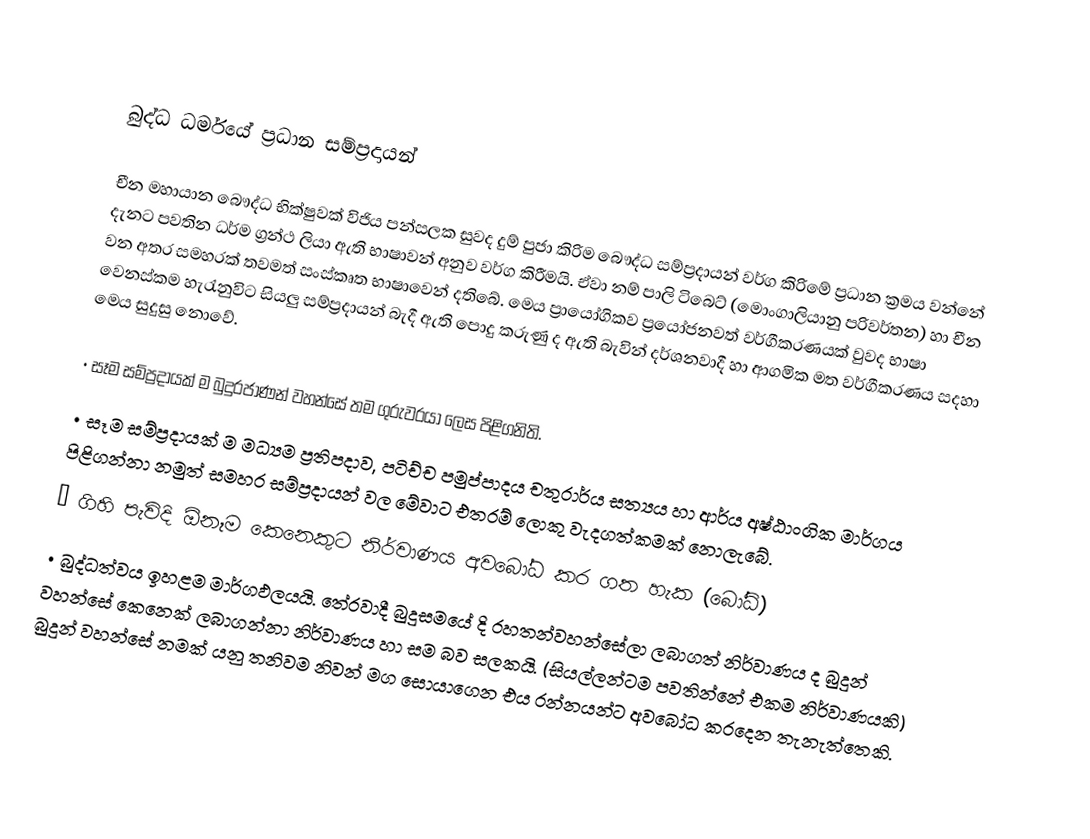

බුද්ධ ධර්මයේ ප්‍රධාන සම්ප්‍රදායන්

චීන මහායාන බෞද්ධ භික්ෂුවක් විජිය පන්සලක සුවද දුම් පුජා කිරිම බෞද්ධ සම්ප්‍රදායන් වර්ග කිරිමේ ප්‍රධාන ක්‍රමය වන්නේ දැනට පවතින ධර්ම ග්‍රන්ථ ලියා ඇති භාෂාවන් අනුව වර්ග කිරීමයි. ඒවා නම් පාලි ටිබෙට් (මොංගාලියානු පරිවර්තන) හා චීන වන අතර සමහරක් තවමත් සංස්කෘත භාෂාවෙන් දතිබේ. මෙය ප්‍රායෝගිකව ප්‍රයෝජනවත් වර්ගීකරණයක් වුවද භාෂා වෙනස්කම හැරැනුවිට සියලු සම්ප්‍රදායන් බැදී ඇති පොදු කරුණු ද ඇති බැවින් දර්ශනවාදී හා ආගමික මත වර්ගීකරණය සදහා මෙය සුදුසු නොවේ.

•	සෑම සම්ප්‍රදායක් ම බුදුරජාණන් වහන්සේ  තම ගුරුවරයා ලෙස පිළිගනිති.
•	සෑම සම්ප්‍රදායක් ම මධ්‍යම ප්‍රතිපදාව, පටිච්ච පමුප්පාදය චතුරාර්ය සත්‍යය හා ආර්ය අෂ්ඨාංගික මාර්ගය පිළිගන්නා නමුත් සමහර සම්ප්‍රදායන් වල මේවාට එතරම් ලොකු වැදගත්කමක් නොලැබේ.
•	ගිහි පැවිදි ඕනෑම කෙනෙකුට නිර්වාණය අවබෝධ කර ගත හැක (බෝධි)
•	බුද්ධත්වය ඉහළම මාර්ගඵලයයි. තේරවාදී බුදුසමයේ දි රහතන්වහන්සේලා ලබාගත් නිර්වාණය ද බුදුන් වහන්සේ කෙනෙක් ලබාගන්නා නිර්වාණය හා සම බව  සලකයි. (සියල්ලන්ටම පවතින්නේ එකම නිර්වාණයකි) බුදුන් වහන්සේ නමක් යනු තනිවම නිවන් මග සොයාගෙන එය රන්නයන්ට අවබෝධ කරදෙන තැනැත්තෙකි.